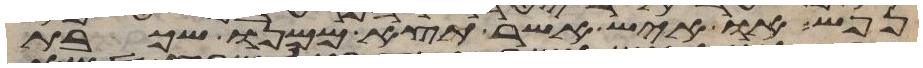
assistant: נפש או איש אשר תצא ממנו שכבת